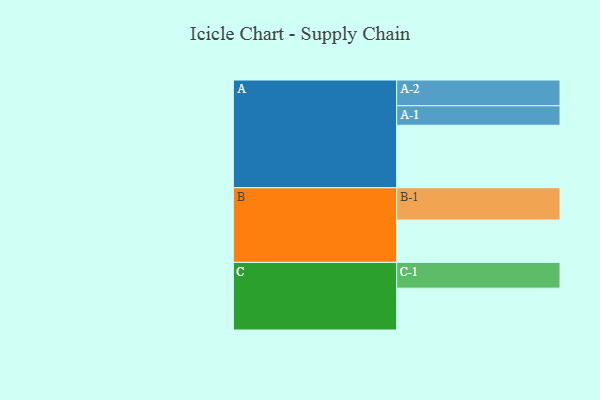
{"axis": {"x": "Segment", "y": "Value"}, "legend": ["", "A", "B", "C"], "data": [{"x": "A", "y": 517, "type": ""}, {"x": "B", "y": 350, "type": ""}, {"x": "C", "y": 346, "type": ""}, {"x": "A-1", "y": 161, "type": "A"}, {"x": "A-2", "y": 213, "type": "A"}, {"x": "B-1", "y": 267, "type": "B"}, {"x": "C-1", "y": 213, "type": "C"}]}